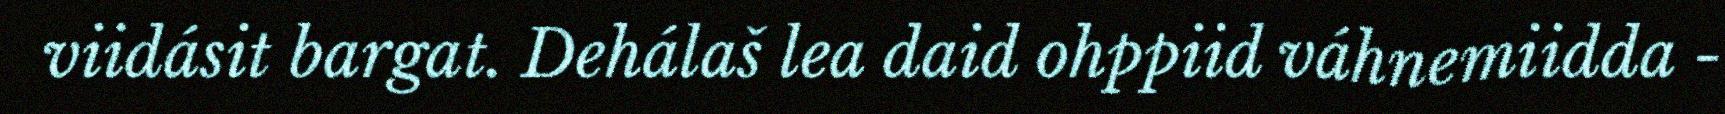
viidásit bargat. Dehálaš lea daid ohppiid váhnemiidda -